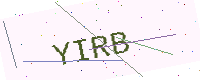
Text: YIRB